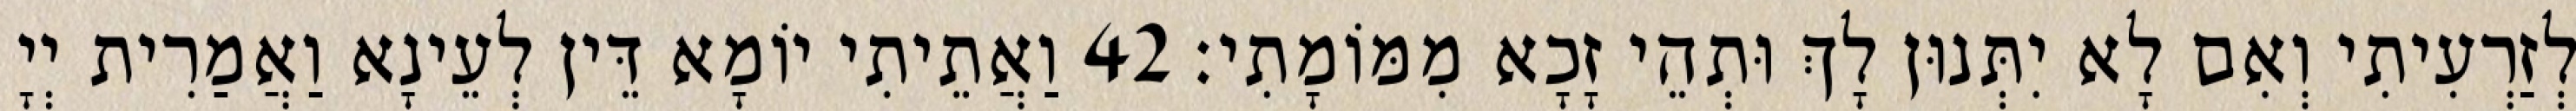
לְזַרְעִיתִי וְאִם לָא יִתְּנוּן לָךְ וּתְהֵי זָכָא מִמּוֹמָתִי׃ 42 וַאֲתֵיתִי יוֹמָא דֵּין לְעֵינָא וַאֲמַרִית יְיָ